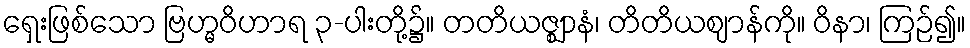
ရှေးဖြစ်သော ဗြဟ္မဝိဟာရ ၃-ပါးတို့၌။ တတိယဇ္ဈာနံ၊ တိတိယဈာန်ကို။ ဝိနာ၊ ကြဉ်၍။